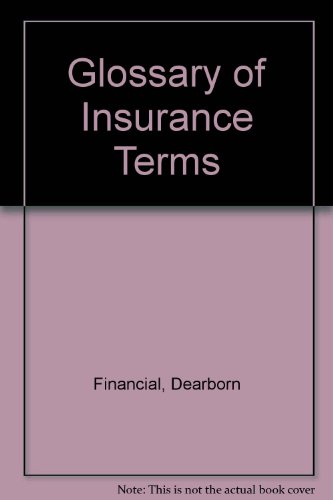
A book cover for Glossary of Insurance Terms; Dearborn Financial; Business & Money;